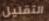
التقليل